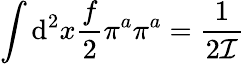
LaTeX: \int\mathrm{d}^{2}x\frac{f}{2}\pi^{a}\pi^{a}=\frac{1}{2{\cal I}}